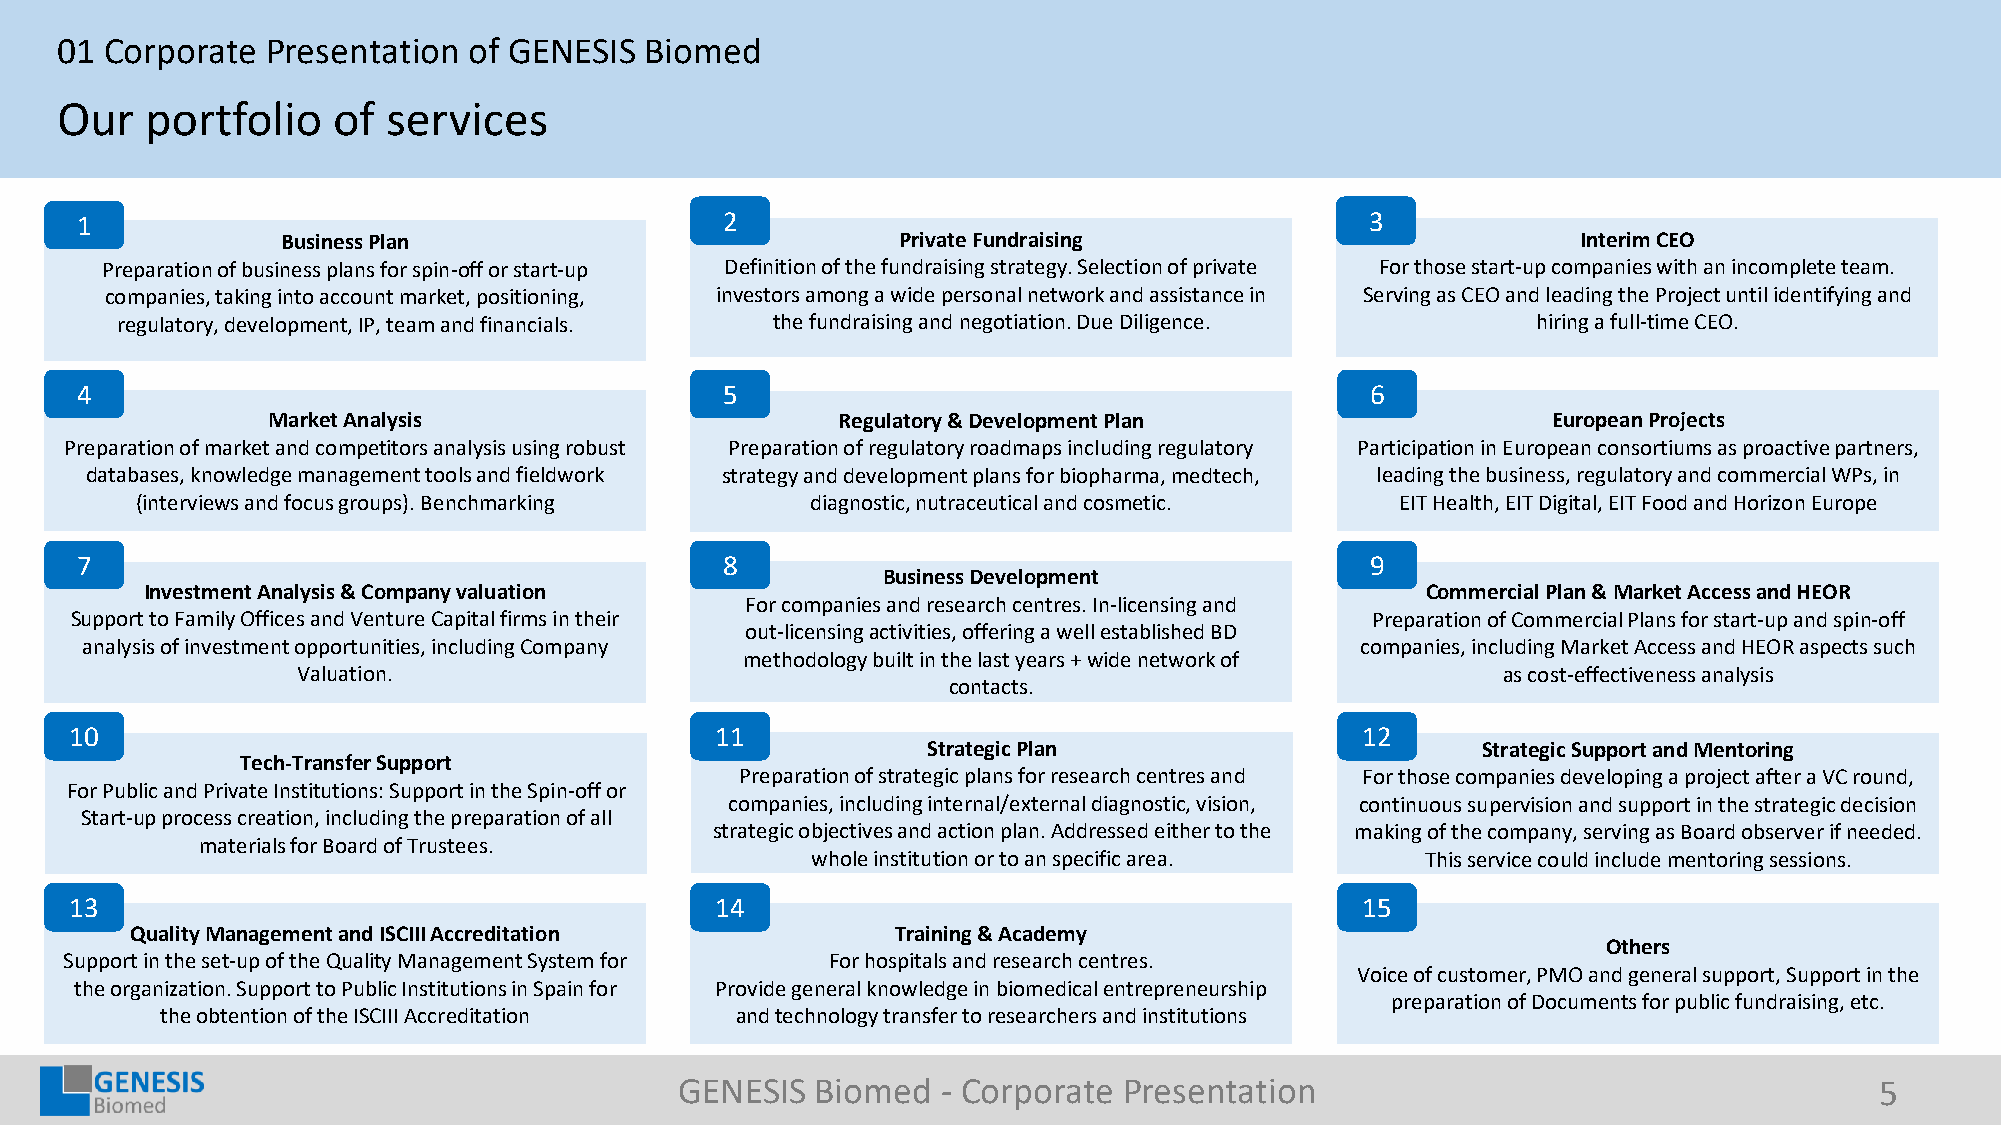
01 Corporate  Presentation of GENESIS  Biomed
 Our   portfolio   of  services
 1                                          2                                          3
 Business Plan                            Private Fundraising                          Interim CEO
 Preparation of business plans for spin-off or start-up Definition of the fundraising strategy. Selection of private For those start-up companies with an incomplete team.
 companies, taking into account market, positioning, investors among a wide personal network and assistance in Serving as CEO and leading the Project until identifying and
 regulatory, development, IP, team and financials. the fundraising and negotiation. Due Diligence. hiring a full-time CEO.
 4                                          5                                          6
 Market Analysis                      Regulatory & Development Plan                   European Projects
 Preparation of market and competitors analysis using robust Preparation of regulatory roadmaps including regulatory Participation in European consortiums as proactive partners,
 databases, knowledge management tools and fieldwork strategy and development plans for biopharma, medtech, leading the business, regulatory and commercial WPs, in
 (interviews and focus groups). Benchmarking  diagnostic, nutraceutical and cosmetic. EIT Health, EIT Digital, EIT Food and Horizon Europe
 7                                          8                                          9
 Business Development
 Investment Analysis & Company valuation                                             Commercial Plan & Market Access and HEOR
 For companies and research centres. In-licensing and
 Support to Family Offices and Venture Capital firms in their                          Preparation of Commercial Plans for start-up and spin-off
 out-licensingactivities, offering a well established BD
 analysis of investment opportunities, including Company                              companies, including Market Access and HEOR aspects such
 methodology built in the last years + wide network of
 Valuation.                                                                     as cost-effectiveness analysis
 contacts.
 10                                        11                                         12
 Strategic Plan                       Strategic Support and Mentoring
 Tech-Transfer Support
 Preparation of strategic plans for research centres and For those companies developing a project after a VC round,
 For Public and Private Institutions: Support in the Spin-off or
 companies, including internal/external diagnostic, vision, continuous supervision and support in the strategic decision
 Start-up process creation, including the preparation of all
 strategic objectives and action plan. Addressed either to the making of the company, serving as Board observer if needed.
 materials for Board of Trustees.
 whole institution or to an specific area. This service could include mentoring sessions.
 13                                        14                                         15
 Quality Management and ISCIII Accreditation       Training & Academy
 Others
 Support in the set-up of the Quality Management System for For hospitals and research centres.
 Voice of customer, PMO and general support, Support in the
 the organization. Support to Public Institutions in Spain for Provide general knowledge in biomedical entrepreneurship
 preparation of Documents for public fundraising, etc.
 the obtention of the ISCIII Accreditation and technology transfer to researchers and institutions
 GENESIS  Biomed  - Corporate Presentation                                      5